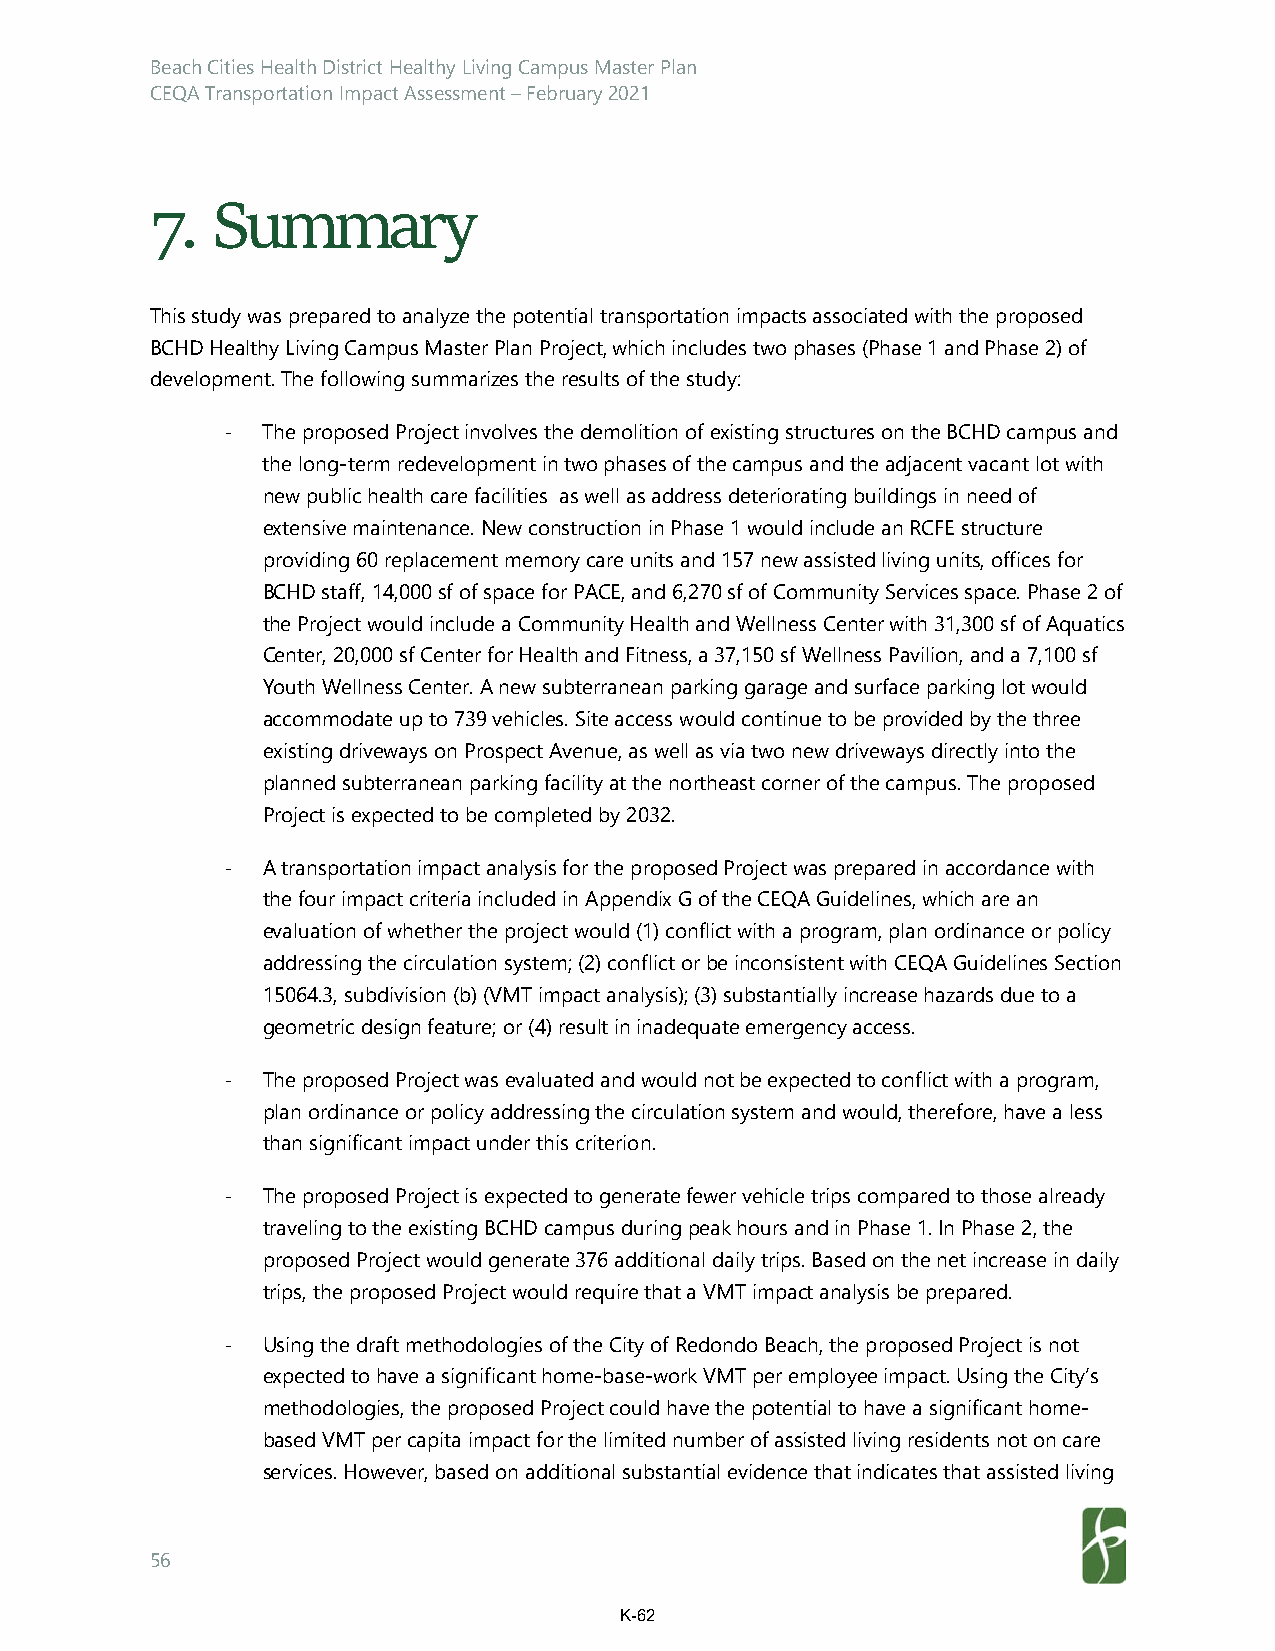
Beach Cities Health District Healthy Living Campus Master Plan
 CEQA Transportation Impact Assessment – February 2021
 7.  Summary
 This study was prepared to analyze the potential transportation impacts associated with the proposed
 BCHD Healthy Living Campus Master Plan Project, which includes two phases (Phase 1 and Phase 2) of
 development. The following summarizes the results of the study:
 ‐ The proposed Project involves the demolition of existing structures on the BCHD campus and
 the long-term redevelopment in two phases of the campus and the adjacent vacant lot with
 new public health care facilities as well as address deteriorating buildings in need of
 extensive maintenance. New construction in Phase 1 would include an RCFE structure
 providing 60 replacement memory care units and 157 new assisted living units, offices for
 BCHD staff, 14,000 sf of space for PACE, and 6,270 sf of Community Services space. Phase 2 of
 the Project would include a Community Health and Wellness Center with 31,300 sf of Aquatics
 Center, 20,000 sf Center for Health and Fitness, a 37,150 sf Wellness Pavilion, and a 7,100 sf
 Youth Wellness Center. A new subterranean parking garage and surface parking lot would
 accommodate up to 739 vehicles. Site access would continue to be provided by the three
 existing driveways on Prospect Avenue, as well as via two new driveways directly into the
 planned subterranean parking facility at the northeast corner of the campus. The proposed
 Project is expected to be completed by 2032.
 ‐ A transportation impact analysis for the proposed Project was prepared in accordance with
 the four impact criteria included in Appendix G of the CEQA Guidelines, which are an
 evaluation of whether the project would (1) conflict with a program, plan ordinance or policy
 addressing the circulation system; (2) conflict or be inconsistent with CEQA Guidelines Section
 15064.3, subdivision (b) (VMT impact analysis); (3) substantially increase hazards due to a
 geometric design feature; or (4) result in inadequate emergency access.
 ‐ The proposed Project was evaluated and would not be expected to conflict with a program,
 plan ordinance or policy addressing the circulation system and would, therefore, have a less
 than significant impact under this criterion.
 ‐ The proposed Project is expected to generate fewer vehicle trips compared to those already
 traveling to the existing BCHD campus during peak hours and in Phase 1. In Phase 2, the
 proposed Project would generate 376 additional daily trips. Based on the net increase in daily
 trips, the proposed Project would require that a VMT impact analysis be prepared.
 ‐ Using the draft methodologies of the City of Redondo Beach, the proposed Project is not
 expected to have a significant home-base-work VMT per employee impact. Using the City’s
 methodologies, the proposed Project could have the potential to have a significant home-
 based VMT per capita impact for the limited number of assisted living residents not on care
 services. However, based on additional substantial evidence that indicates that assisted living
 56
 K-62